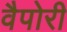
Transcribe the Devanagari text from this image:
वैपोरी